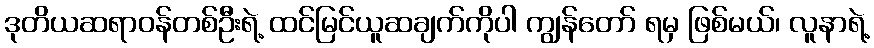
ဒုတိယဆရာဝန်တစ်ဦးရဲ့ ထင်မြင်ယူဆချက်ကိုပါ ကျွန်တော် ရမှ ဖြစ်မယ်၊ လူနာရဲ့